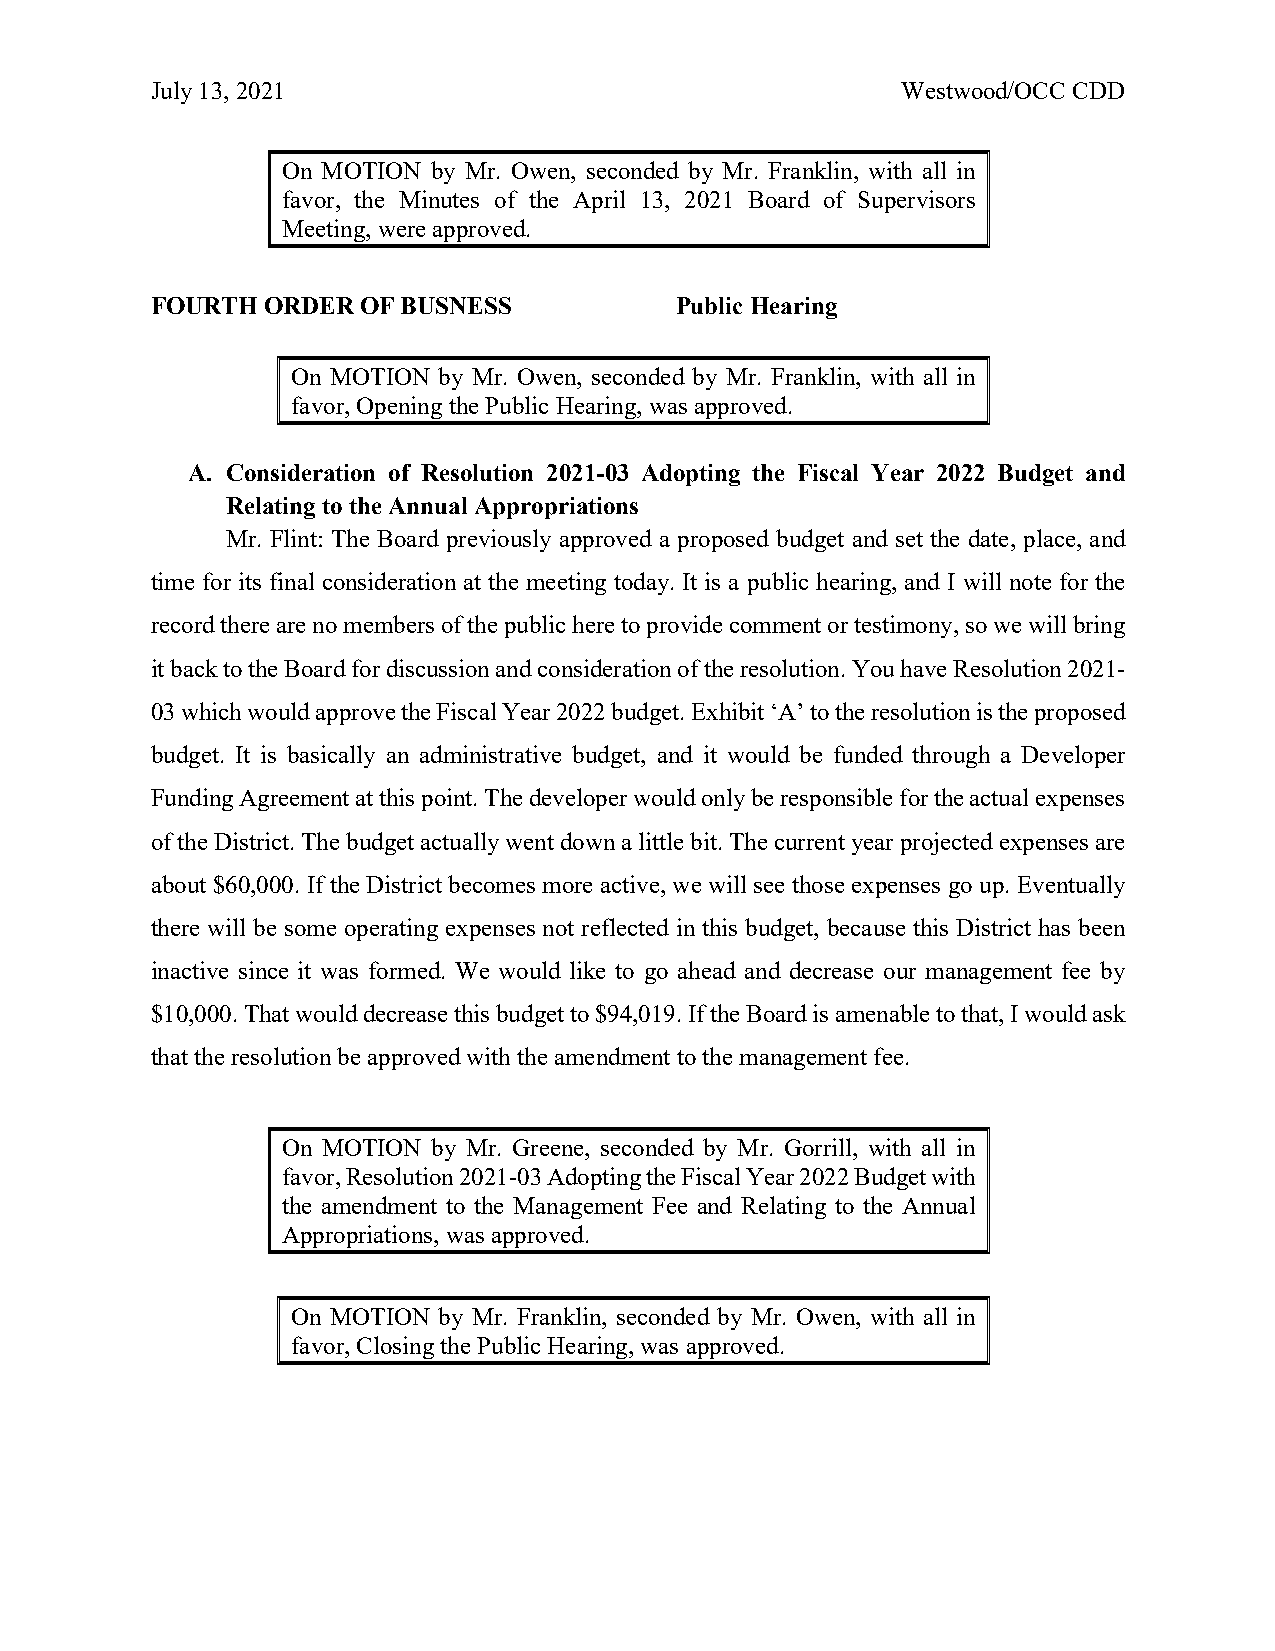
July 13, 2021                                     Westwood/OCC CDD
 On MOTION by Mr. Owen, seconded by Mr. Franklin, with all in
 favor, the Minutes of the April 13, 2021 Board of Supervisors
 Meeting, were approved.
 FOURTH ORDER  OF BUSNESS           Public Hearing
 On MOTION by Mr. Owen, seconded by Mr. Franklin, with all in
 favor, Opening the Public Hearing, was approved.
 A. Consideration of Resolution 2021-03 Adopting the Fiscal Year 2022 Budget and
 Relating to the Annual Appropriations
 Mr. Flint: The Board previously approved a proposed budget and set the date, place, and
 time for its final consideration at the meeting today. It is a public hearing, and I will note for the
 record there are no members of the public here to provide comment or testimony, so we will bring
 it back to the Board for discussion and consideration of the resolution. You have Resolution 2021-
 03 which would approve the Fiscal Year 2022 budget. Exhibit ‘A’ to the resolution is the proposed
 budget. It is basically an administrative budget, and it would be funded through a Developer
 Funding Agreement at this point. The developer would only be responsible for the actual expenses
 of the District. The budget actually went down a little bit. The current year projected expenses are
 about $60,000. If the District becomes more active, we will see those expenses go up. Eventually
 there will be some operating expenses not reflected in this budget, because this District has been
 inactive since it was formed. We would like to go ahead and decrease our management fee by
 $10,000. That would decrease this budget to $94,019. If the Board is amenable to that, I would ask
 that the resolution be approved with the amendment to the management fee.
 On MOTION by Mr. Greene, seconded by Mr. Gorrill, with all in
 favor, Resolution 2021-03 Adopting the Fiscal Year 2022 Budget with
 the amendment to the Management Fee and Relating to the Annual
 Appropriations, was approved.
 On MOTION by Mr. Franklin, seconded by Mr. Owen, with all in
 favor, Closing the Public Hearing, was approved.